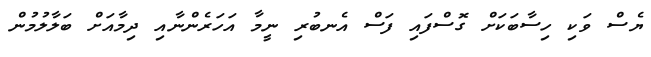
ޔެސް ވަކި ހިސާބަކަށް ގޮސްފައި ފަސް އެނބުރި ނީމާ އަހަރެންނާއި ދިމާއަށް ބަލާލުމުން